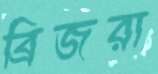
ব্রিজরা